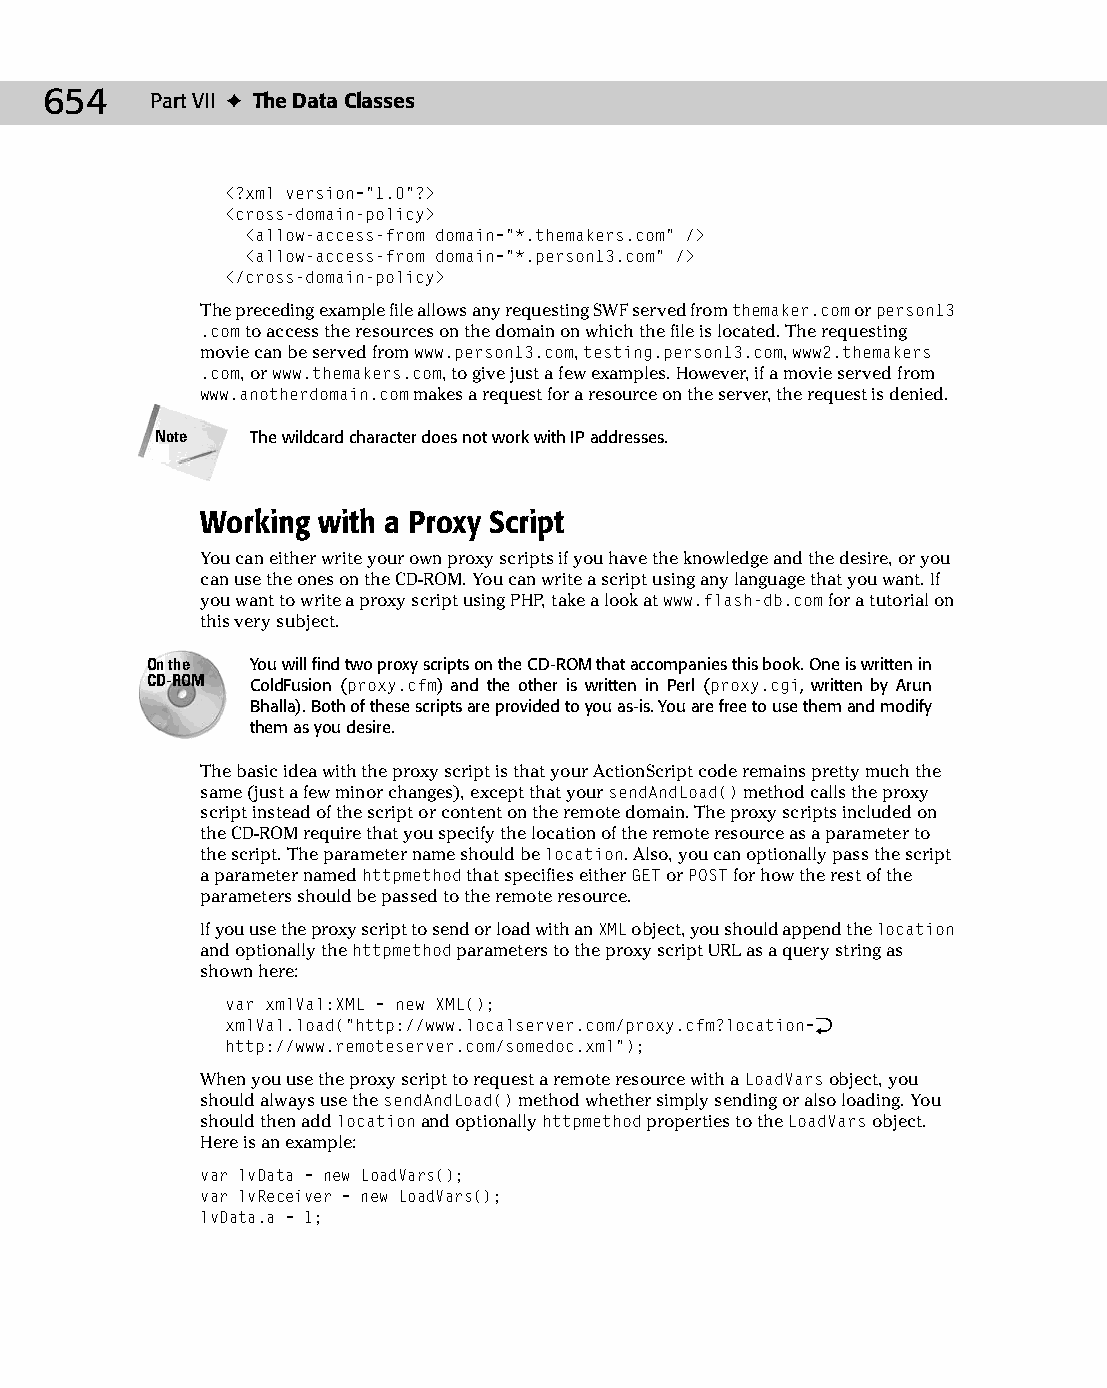
34 543547 ch26.qxd 3/24/04 4:08 PM Page 654
 654    Part VII ✦ The Data Classes
 <?xml version=”1.0”?>
 <cross-domain-policy>
 <allow-access-from domain=”*.themakers.com” />
 <allow-access-from domain=”*.person13.com” />
 </cross-domain-policy>
 The preceding example file allows any requesting SWF served from themaker.com or person13
 .com to access the resources on the domain on which the file is located. The requesting
 movie can be served from www.person13.com, testing.person13.com, www2.themakers
 .com, or www.themakers.com, to give just a few examples. However, if a movie served from
 www.anotherdomain.com makes a request for a resource on the server, the request is denied.
 Note   The wildcard character does not work with IP addresses.
 Working with a Proxy Script
 You can either write your own proxy scripts if you have the knowledge and the desire, or you
 can use the ones on the CD-ROM. You can write a script using any language that you want. If
 you want to write a proxy script using PHP, take a look at www.flash-db.com for a tutorial on
 this very subject.
 On the You will find two proxy scripts on the CD-ROM that accompanies this book. One is written in
 CD-ROM ColdFusion (proxy.cfm) and the other is written in Perl (proxy.cgi, written by Arun
 Bhalla). Both of these scripts are provided to you as-is. You are free to use them and modify
 them as you desire.
 The basic idea with the proxy script is that your ActionScript code remains pretty much the
 same (just a few minor changes), except that your sendAndLoad() method calls the proxy
 script instead of the script or content on the remote domain. The proxy scripts included on
 the CD-ROM require that you specify the location of the remote resource as a parameter to
 the script. The parameter name should be location. Also, you can optionally pass the script
 a parameter named httpmethod that specifies either GET or POST for how the rest of the
 parameters should be passed to the remote resource.
 If you use the proxy script to send or load with an XML object, you should append the location
 and optionally the httpmethod parameters to the proxy script URL as a query string as
 shown here:
 var xmlVal:XML = new XML();
 xmlVal.load(“http://www.localserver.com/proxy.cfm?location=Æ
 http://www.remoteserver.com/somedoc.xml”);
 When you use the proxy script to request a remote resource with a LoadVars object, you
 should always use the sendAndLoad() method whether simply sending or also loading. You
 should then add location and optionally httpmethod properties to the LoadVars object.
 Here is an example:
 var lvData = new LoadVars();
 var lvReceiver = new LoadVars();
 lvData.a = 1;